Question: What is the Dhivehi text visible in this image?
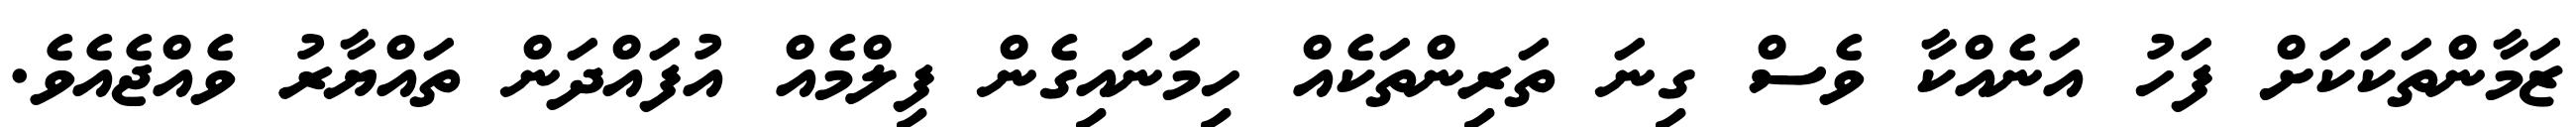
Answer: ޒަމާންތަކަކަށް ފަހު އަނެއްކާ ވެސް ގިނަ ތަރިންތަކެއް ހިމަނައިގެން ފިލްމެއް އުފައްދަން ތައްޔާރު ވެއްޖެއެވެ.